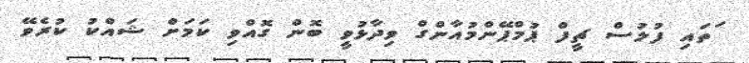
ަތައި ފުލުސް ޗީފް ޕުމްޕޭންމުއާންގް ވިދާޅުވީ ބޮން ގޮއްވި ކަމަށް ޝައްކު ކުރެވޭ